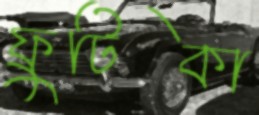
ফ্রুটিকা